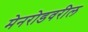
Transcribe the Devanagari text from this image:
मेनरोडवरील